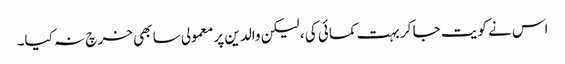
اس نے کویت جا کر بہت کمائی کی ، لیکن والدین پر معمولی سا بھی خر چ نہ کیا۔